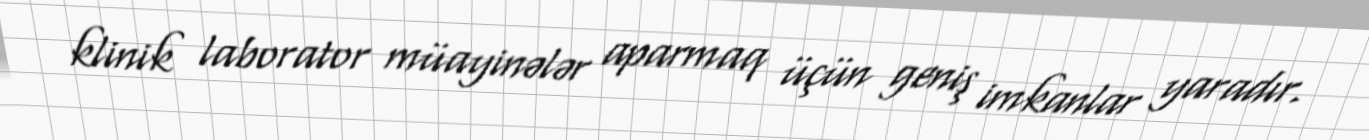
klinik laborator müayinələr aparmaq üçün geniş imkanlar yaradır.